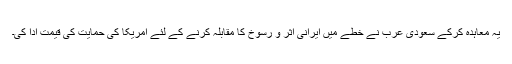
یہ معاہدہ کرکے سعودی عرب نے خطے میں ایرانی اثر و رسوخ کا مقابلہ کرنے کے لئے امریکا کی حمایت کی قیمت ادا کی۔